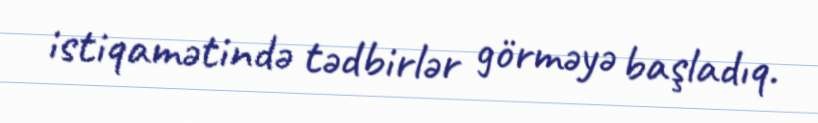
istiqamətində tədbirlər görməyə başladıq.